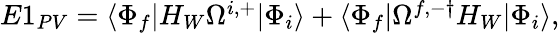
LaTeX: \begin{array}{r}{E1_{PV}=\langle\Phi_{f}|H_{W}\Omega^{i,+}|\Phi_{i}\rangle+\langle\Phi_{f}|\Omega^{f,-\dagger}H_{W}|\Phi_{i}\rangle,}\end{array}